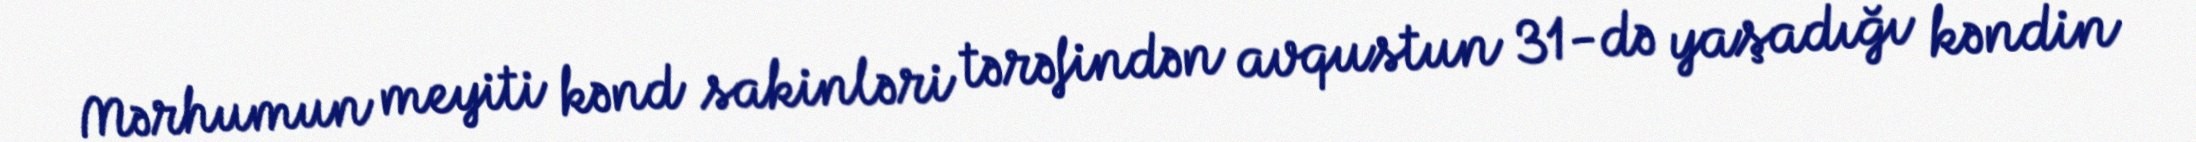
Mərhumun meyiti kənd sakinləri tərəfindən avqustun 31-də yaşadığı kəndin